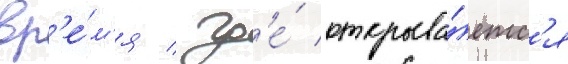
вр'е́м'я / гд'е́ открыва́етс'я